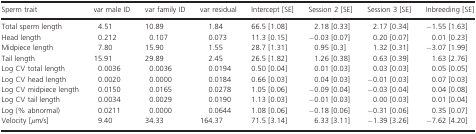
| Sperm trait | var male ID | var family ID | var residual | Intercept [SE] | Session 2 [SE] | Session 3 [SE] | Inbreeding [SE] |
 | --- | --- | --- | --- | --- | --- | --- | --- |
 | Total sperm length | 4.51 | 10.89 | 1.84 | 66.5 [1.08] | 2.18 [0.33] | 2.17 [0.34] | −1.55 [1.63] |
 | Head length | 0.212 | 0.107 | 0.073 | 11.3 [0.15] | −0.03 [0.07] | 0.20 [0.07] | 0.01 [0.23] |
 | Midpiece length | 7.80 | 15.90 | 1.55 | 28.7 [1.31] | 0.95 [0.3] | 1.32 [0.31] | −3.07 [1.99] |
 | Tail length | 15.91 | 29.89 | 2.45 | 26.5 [1.82] | 1.26 [0.38] | 0.63 [0.39] | 1.63 [2.76] |
 | Log CV total length | 0.0036 | 0.0036 | 0.0194 | 0.50 [0.04] | 0.01 [0.03] | 0.03 [0.03] | 0.05 [0.05] |
 | Log CV head length | 0.0020 | 0.0000 | 0.0184 | 0.66 [0.03] | 0.04 [0.03] | −0.01 [0.03] | 0.07 [0.03] |
 | Log CV midpiece length | 0.0150 | 0.0165 | 0.0278 | 1.05 [0.06] | −0.09 [0.04] | −0.03 [0.04] | 0.04 [0.08] |
 | Log CV tail length | 0.0034 | 0.0029 | 0.0190 | 1.13 [0.03] | −0.01 [0.03] | 0.00 [0.03] | 0.01 [0.04] |
 | Log (% abnormal) | 0.0211 | 0.0000 | 0.0644 | 1.08 [0.06] | −0.18 [0.06] | −0.31 [0.06] | 0.35 [0.07] |
 | Velocity [μm/s] | 9.40 | 34.33 | 164.37 | 71.5 [3.14] | 6.33 [3.11] | −1.39 [3.26] | −7.62 [4.20] |